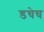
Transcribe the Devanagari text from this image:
डचेच